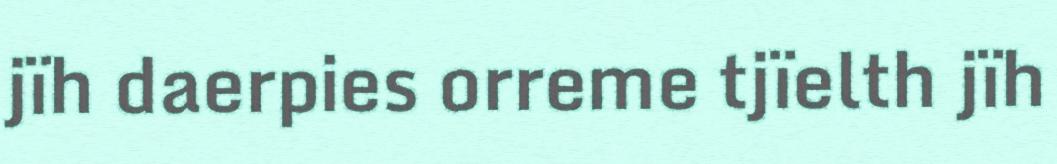
jïh daerpies orreme tjïelth jïh